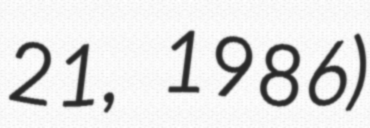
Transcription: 21, 1986)